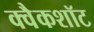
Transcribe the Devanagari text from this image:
क्वैकशॉट